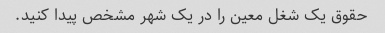
حقوق یک شغل معین را در یک شهر مشخص پیدا کنید.